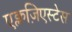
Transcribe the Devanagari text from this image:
एक्लज़िएस्टेस